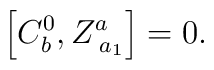
\left[ C_b^0,Z_{\;a_1}^a\right] =0.